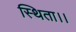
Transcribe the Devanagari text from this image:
स्थिता।।